Annual report on the lock hospitals of the Madras Presidency
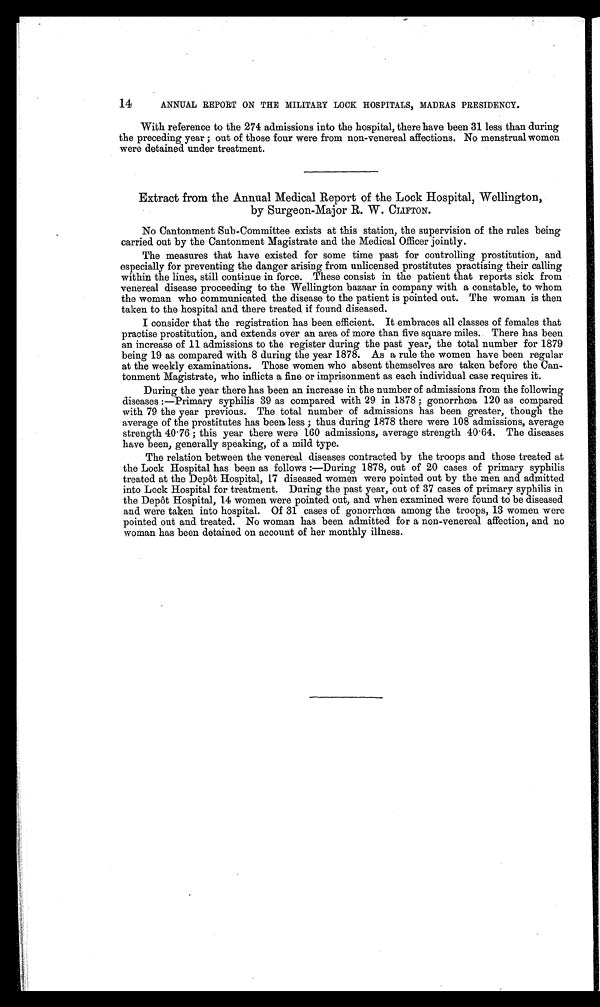
14
ANNUAL REPORT ON THE MILITARY LOCK HOSPITALS, MADRAS PRESIDENCY.
With reference to the 274 admissions into the hospital, there have been 31 less than during
the preceding year; out of those four were from non-venereal affections. No menstrual women
were detained under treatment.
Extract from the Annual Medical Report of the Lock Hospital, Wellington,
by Surgeon-Major R. W. CLIFTON.
No Cantonment Sub-Committee exists at this station, the supervision of the rules being
carried out by the Cantonment Magistrate and the Medical Officer jointly.
The measures that have existed for some time past for controlling prostitution, and
especially for preventing the danger arising from unlicensed prostitutes practising their calling
within the lines, still continue in force. These consist in the patient that reports sick from
venereal disease proceeding to the Wellington bazaar in company with a constable, to whom
the woman who communicated the disease to the patient is pointed out. The woman is then
taken to the hospital and there treated if found diseased.
I consider that the registration has been efficient. It embraces all classes of females that
practise prostitution, and extends over an area of more than five square miles. There has been
an increase of 11 admissions to the register during the past year, the total number for 1879
being 19 as compared with 8 during the year 1878. As a rule the women have been regular
at the weekly examinations. Those women who absent themselves are taken before the Can-
tonment Magistrate, who inflicts a fine or imprisonment as each individual case requires it.
During the year there has been an increase in the number of admissions from the following
diseases:--Primary syphilis 39 as compared with 29 in 1878; gonorrhoea 120 as compared
with 79 the year previous. The total number of admissions has been greater, though the
average of the prostitutes has been) less;
• thus during 1878 there were 108 admissions, average
strength 40 . 76; this year there were 160 admissions, average strength 40 . 64. The diseases
have been, generally speaking, of a mild type.
The relation between the venereal diseases contracted by the troops and those treated at
the Lock Hospital has been as follows:—During 1878, out of 20 cases of primary syphilis
treated at the Depot Hospital, 17 diseased women were pointed out by the men and admitted
into Lock Hospital for treatment. During the past year, out of 37 cases of primary syphilis in
the Depot Hospital, 14 women were pointed out, and when examined were found to be diseased
and were taken into hospital. Of 31 cases of gonorrhoea among the troops, 13 women were
pointed out and treated. No woman has been admitted for a non-venereal affection, and no
woman has been detained on account of her monthly illness.